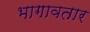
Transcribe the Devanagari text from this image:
भागावतार